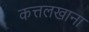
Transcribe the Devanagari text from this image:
कत्तलखाना